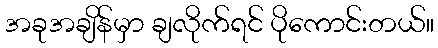
အခုအချိန်မှာ ချလိုက်ရင် ပိုကောင်းတယ်။